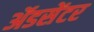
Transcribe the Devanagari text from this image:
ॲडसेंटर